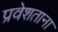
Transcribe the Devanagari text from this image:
प्रवेशताना